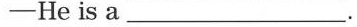
-He is a ___ .